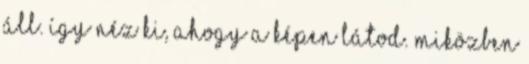
áll. Így néz ki, ahogy a képen látod. Miközben